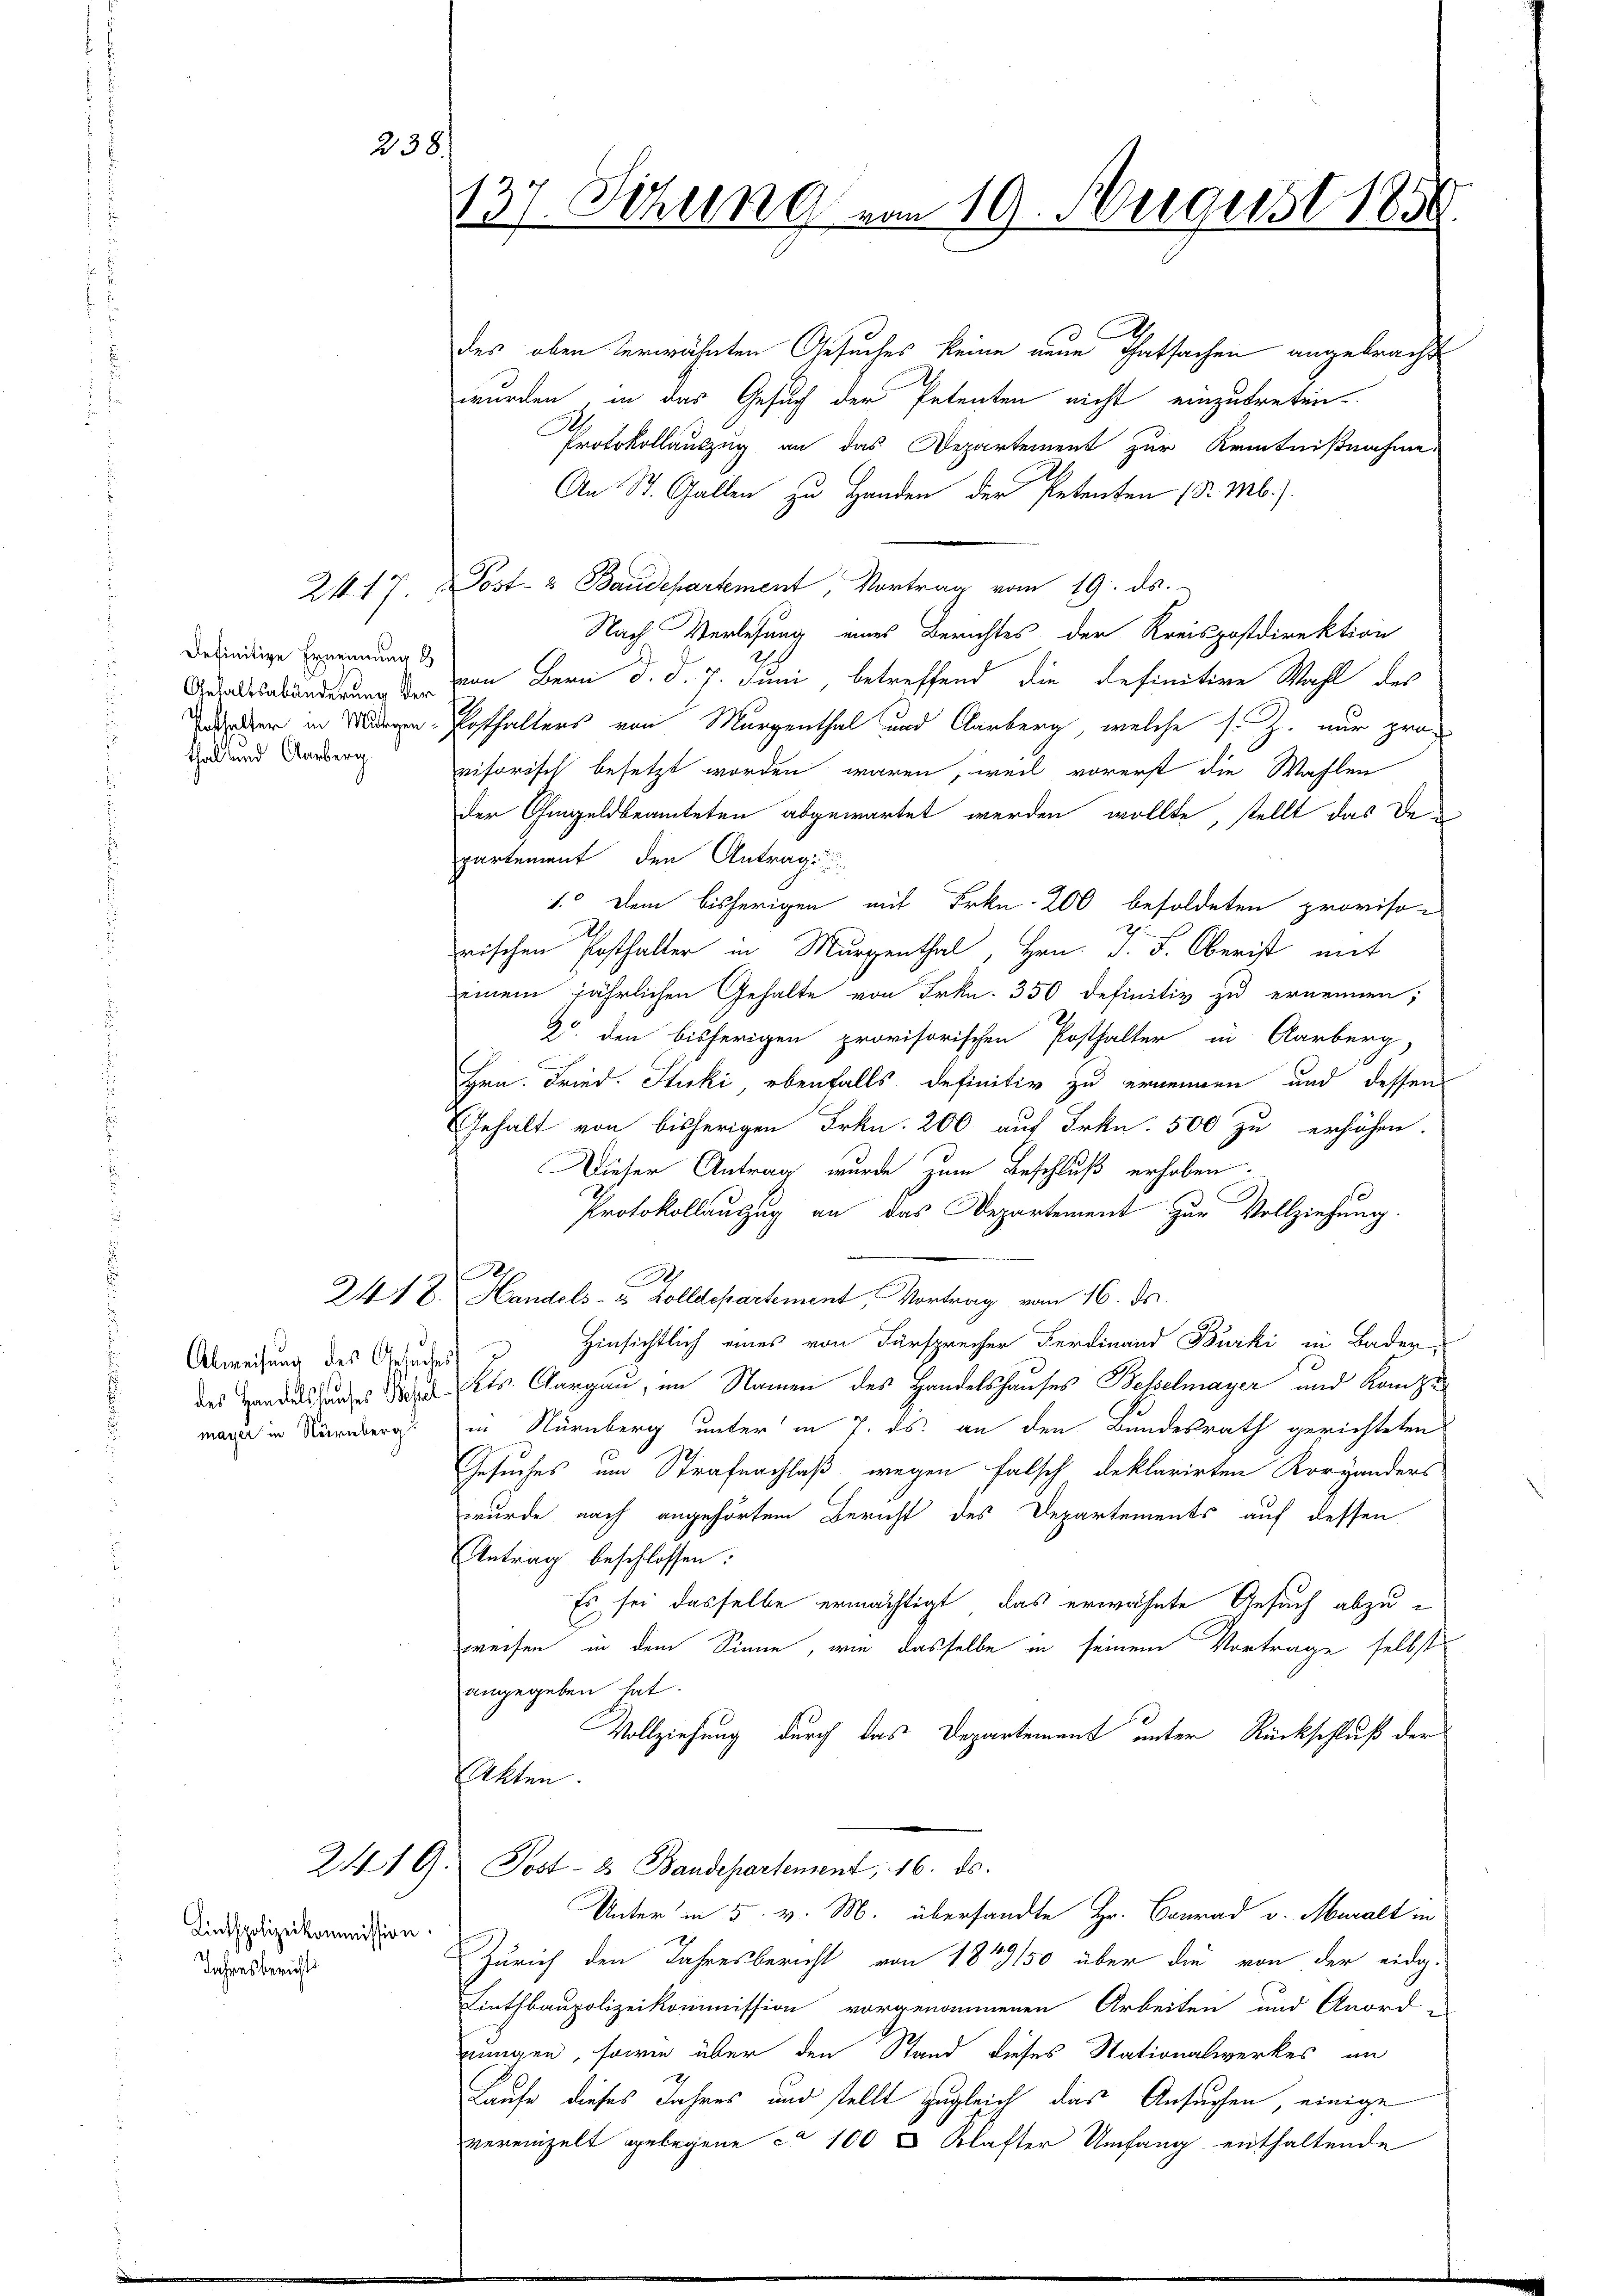
238.

Gehaltsabänderung der
thal und Aarberg.

des oben erwähnten Gesuches keine neue Thatsachen angebracht
wurden, in das Gesuch der Petenten nicht einzutreten.
A
Protokollauszug an das Departement zur Kenntnißnahme.
An St. Gallen zu Handen der Petenten (S. Ml.).
21. 17. Post- & Baudepartement, Vortrag vom 19. ds.
Nach Verlesung eines Berichtes der Kreispostdirektion
2
deseitige Ernennungs von Bern d. d. 7. Juni, betreffend die definitive Wahl des
daher in Morgen Posthalters von Murgenthal und Carberg, welche s. Z. nur provisorisch besetzt worden waren, weil vorerst die Wahlen
der Ohmgeldbeamteten abgewartet werden wollte, stellt das Departement den Antrag
1. Dem bisherigen mit Frkn. 200 besoldeten provisorischen Posthalter in Murgenthal, Hrn. J. L. Oberist mit
einem jährlichen Gehalte von Frkn. 350 definitiv zu ernennen;
Z. den bisherigen provisorischen Posthalter in Clarberg,
Hrn. Fried. Stucki, ebenfalls definitiv zu ernennen und dessen
Gehalt von bisherigen Frkn. 200 auf Frkn. 500 zu erhöhen.
Dieser Antrag wurde zum Beschluß erhoben.
Protokollanzug an das Departement zur Vollziehung.
r
2418. Handels- & Zolldepartement, Vortrag vom 16. ds.
Abweisung des Grundes Hinsichtlich eines von Fürsprecher Ferdinand Burki in Bader
des Handessenes Stadt Kts. Aargau, im Namen des Handelshauses Besselmayer und Kompe
in Nürnberg unter in 7. ds. an den Bundesrath gerichteten
Gesuches um Strafnachlaß wegen falsch deklarirten Korhanders
wurde nach angehörtem Bericht des Departements auf dessen
Antrag beschlossen:
Es sei dasselbe ermächtigt, das erwähnte Gesuch abzuweisen in dem Sinne, wie dasselbe in seinem Vortrage selbst
angegeben hat.
Vollziehung durch das Departement unter Rückschluß der
Akten.
2419. Post- & Baudepartement, 16. ds.
Unter in 5. v. M. übersandte Hr. Conrad v. Muralt in
Zürich den Jahresbericht von 1849/50 über die von der eidg.
Linthbaupolizeikommission vorgenommenen Arbeiten und Anord-
nungen, sowie über den Stand dieses Nationalwerkes an
Laufe dieses Jahres und stellt zugleich das Ansuchen, einige
vereinzelt gelegene ca 100 8 Klafter Umfang enthaltende

Linthpolizeikommission.
Jahresberichts

137. Sitzung vom 19. Negerst 1856

mayer in Nürnberg.